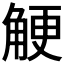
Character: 𧣲